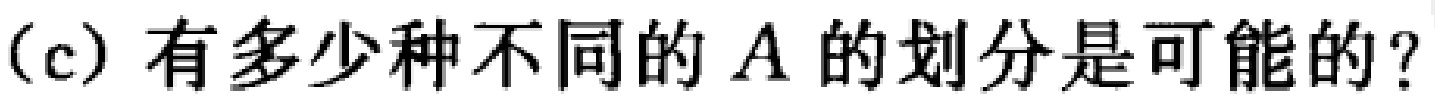
(c) 有多少种不同的 \(A\) 的划分是可能的？